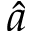
\hat { a }